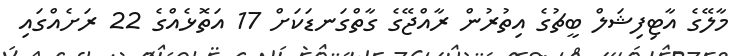
މާލޭގެ އާޓިފިޝަލް ބީޗުގެ އިތުރުން ރާއްޖޭގެ ގާތްގަނޑަކަށް 17 އަތޮޅެއްގެ 22 ރަށެއްގައި